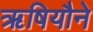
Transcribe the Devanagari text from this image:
ऋषियौने